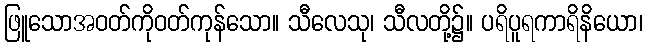
ဖြူသောအဝတ်ကိုဝတ်ကုန်သော။ သီလေသု၊ သီလတို့၌။ ပရိပူရကာရိနိယော၊